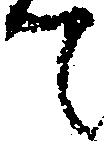
て